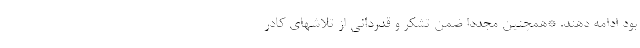
بود ادامه دهند. *همچنین مجددا ضمن تشکر و قدردانی از تلاشهای کادر